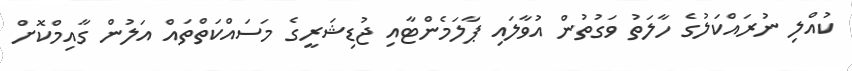
ކުއްލި ނުރައްކަލުގެ ހާލަތު ވަގުތުން އުވާލައި ޕާލަމެންޓާއި ޖުޑިޝަރީގެ މަސައްކަތްތައް އަލުން ގާއިމްކޮށް